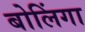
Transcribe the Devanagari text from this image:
बोलिंगा